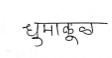
मजकूर: धुमाकूळ